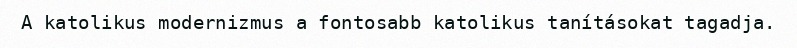
A katolikus modernizmus a fontosabb katolikus tanításokat tagadja.